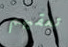
تعقبهم